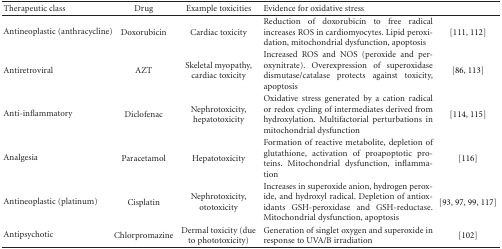
<table><thead><tr><td><b>Therapeutic class</b></td><td><b>Drug</b></td><td><b>Example toxicities</b></td><td><b>Evidence for oxidative stress</b></td><td></td></tr></thead><tbody><tr><td>Antineoplastic (anthracycline)</td><td>Doxorubicin</td><td>Cardiac toxicity</td><td>Reduction of doxorubicin to free radical increases ROS in cardiomyocytes. Lipid peroxidation, mitochondrial dysfunction, apoptosis</td><td>[111, 112]</td></tr><tr><td>Antiretroviral</td><td>AZT</td><td>Skeletal myopathy, cardiac toxicity</td><td>Increased ROS and NOS (peroxide and peroxynitrate). Overexpression of superoxidase dismutase/catalase protects against toxicity, apoptosis</td><td>[86, 113]</td></tr><tr><td>Anti-inflammatory</td><td>Diclofenac</td><td>Nephrotoxicity, hepatotoxicity</td><td>Oxidative stress generated by a cation radical or redox cycling of intermediates derived from hydroxylation. Multifactorial perturbations in mitochondrial dysfunction</td><td>[114, 115]</td></tr><tr><td>Analgesia</td><td>Paracetamol</td><td>Hepatotoxicity</td><td>Formation of reactive metabolite, depletion of glutathione, activation of proapoptotic proteins. Mitochondrial dysfunction, inflammation</td><td>[116]</td></tr><tr><td>Antineoplastic (platinum)</td><td>Cisplatin</td><td>Nephrotoxicity, ototoxicity</td><td>Increases in superoxide anion, hydrogen peroxide, and hydroxyl radical. Depletion of antioxidants GSH-peroxidase and GSH-reductase. Mitochondrial dysfunction, apoptosis</td><td>[93, 97, 99, 117]</td></tr><tr><td>Antipsychotic</td><td>Chlorpromazine</td><td>Dermal toxicity (due to phototoxicity)</td><td>Generation of singlet oxygen and superoxide in response to UVA/B irradiation</td><td>[102]</td></tr></tbody></table>